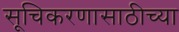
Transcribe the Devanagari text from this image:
सूचिकरणासाठीच्या